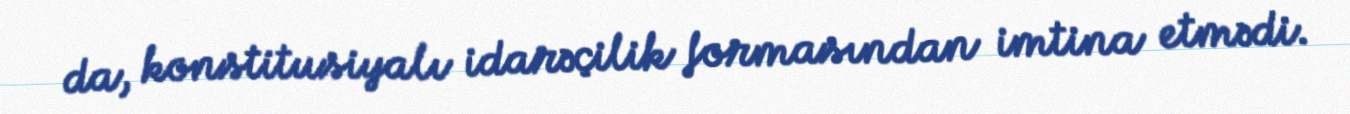
da, konstitusiyalı idarəçilik formasından imtina etmədi.